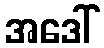
အဒေါ်